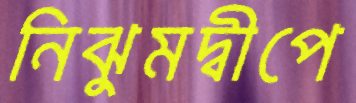
নিঝুমদ্বীপে